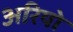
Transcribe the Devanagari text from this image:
अरियो